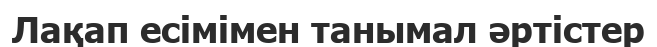
Лақап есімімен танымал әртістер